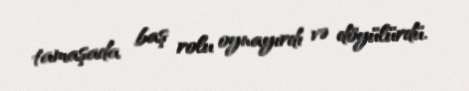
tamaşada baş rolu oynayırdı və döyülürdü.